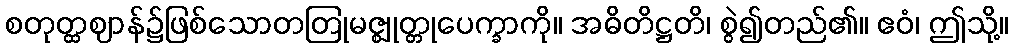
စတုတ္ထဈာန်၌ဖြစ်သောတတြုမဇ္ဈုတ္တုပေက္ခာကို။ အဓိတိဋ္ဌတိ၊ စွဲ၍တည်၏။ ဧဝံ၊ ဤသို့။